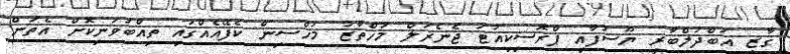
ގާޒީ އަބްދުލްބާރީ ޔޫސުފާއި ޕްރޮސިކިއުޓަ ޖެނެރަލް މުހްތާޒު މުހްސިން ކެފޭއެއްގައި ތިއްބަވަނިކޮށް އެތަން